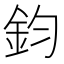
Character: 鈞